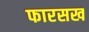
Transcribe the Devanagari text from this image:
फारसख